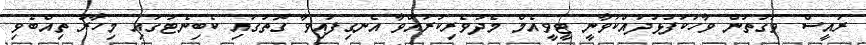
ރައީސް ވަގުތުން ވާހަކަފުޅުދައްކަވާނީ ޓީވީއެމް މެދުވެރިކުރައްވާ އެނގިފައިވާ ގޮތުގައި ކެބިނެޓުގައި މިހާރު ތިއްބެވި